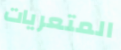
المتعريات